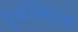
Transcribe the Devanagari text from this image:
पूर्वस्थित्व